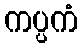
ကပ္ပကံ